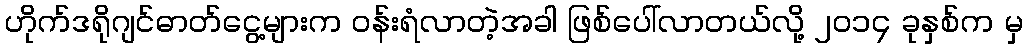
ဟိုက်ဒရိုဂျင်ဓာတ်ငွေ့များက ဝန်းရံလာတဲ့အခါ ဖြစ်ပေါ်လာတယ်လို့ ၂၀၁၄ ခုနှစ်က မှ